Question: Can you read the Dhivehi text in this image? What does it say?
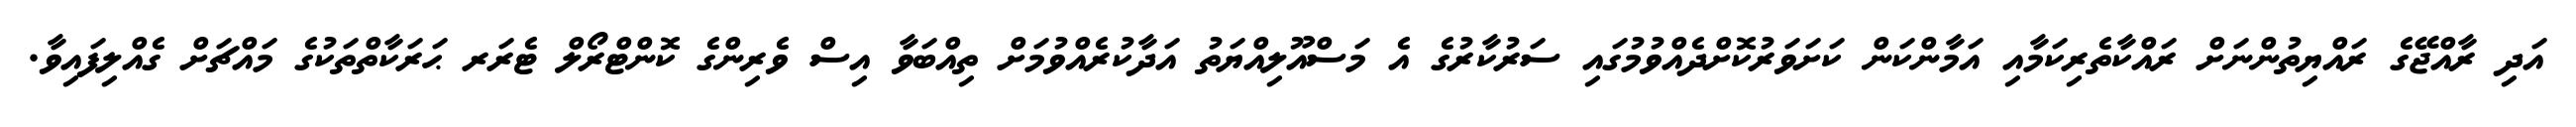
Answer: އަދި ރާއްޖޭގެ ރައްޔިތުންނަށް ރައްކާތެރިކަމާއި އަމާންކަން ކަށަވަރުކޮށްދެއްވުމުގައި ސަރުކާރުގެ އެ މަސްއޫލިއްޔަތު އަދާކުރެއްވުމަށް ތިއްބަވާ އިސް ވެރިންގެ ކޮންޓްރޯލް ޓެރަރ ޙަރަކާތްތަކުގެ މައްޗަށް ގެއްލިފައިވާ.